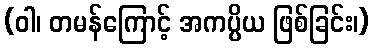
(ဝါ၊ တမန်ကြောင့် အကပ္ပိယ ဖြစ်ခြင်း၊)